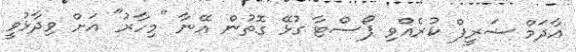
އާދަމް ޝަރީފް ކުރެއްވި ޕޯސްޓާ ގުޅޭ ގޮތުން އޭނާ "މިހާރު" އަށް ވިދާޅުވީ